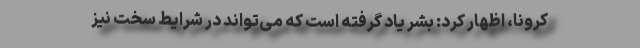
کرونا، اظهار کرد: بشر یاد گرفته است که می‌تواند در شرایط سخت نیز